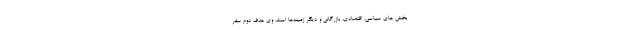
بخش های سیاسی، اقتصادی، بازرگانی و دیگر زمینه‌ها است. وی هدف دوم سفر